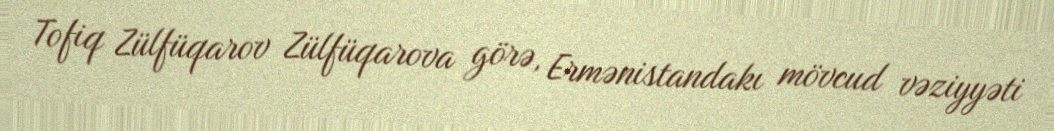
Tofiq Zülfüqarov Zülfüqarova görə, Ermənistandakı mövcud vəziyyəti